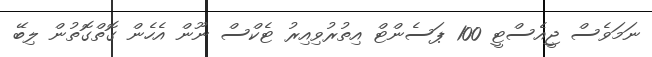
ނަމަވެސް ޖީއެސްޓީ 100 ޕަސެންޓް އިތުރުވިއިރު ޓެކްސް ނޫން އެހެން ގޮތްގޮތުން ލިބޭ